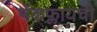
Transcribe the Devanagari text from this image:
मॅकफ्लायची